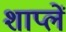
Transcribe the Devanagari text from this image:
शाप्लें